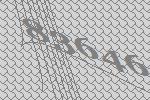
83646